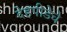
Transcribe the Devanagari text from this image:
देहपीडेचे